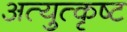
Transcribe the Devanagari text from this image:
अत्युुत्कृष्ट